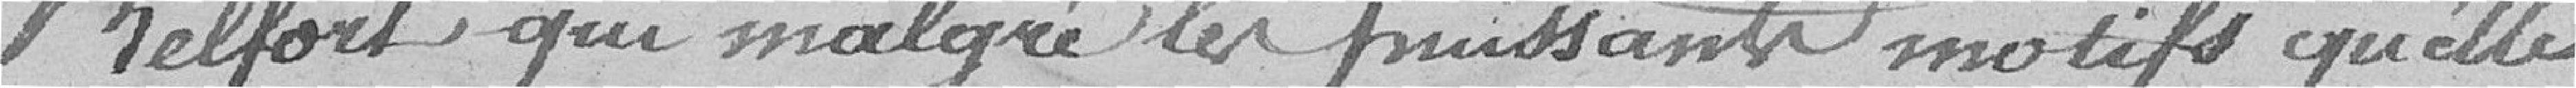
Belfort qui malgré les puissants motifs qu'elle